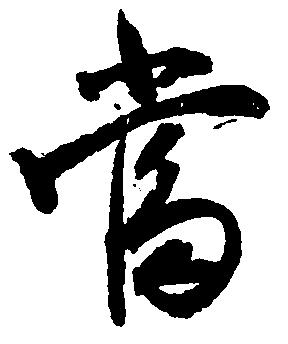
当